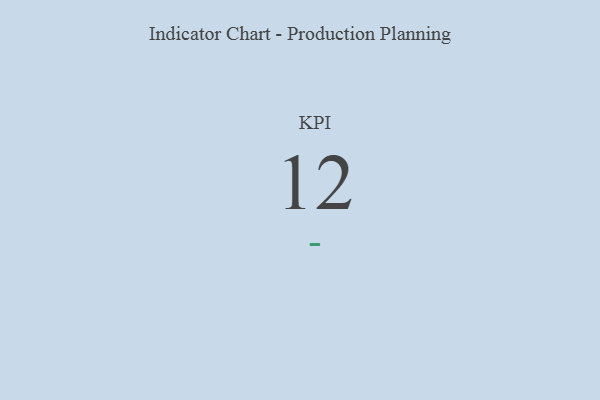
{"axis": {"x": "KPI", "y": "Value"}, "legend": [""], "data": [{"x": "KPI", "y": 12, "type": ""}]}